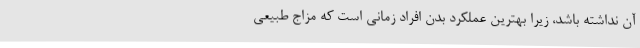
آن نداشته باشد، زیرا بهترین عملکرد بدن افراد زمانی است که مزاج طبیعی